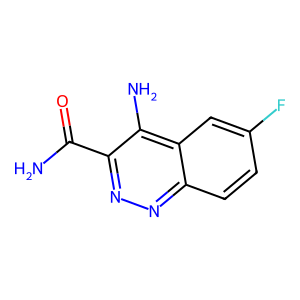
SMILES: NC(=O)c1nnc2ccc(F)cc2c1N
Inhibits HIV replication: No